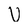
Character: V